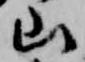
山